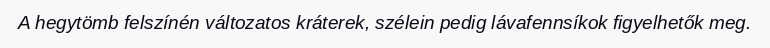
A hegytömb felszínén változatos kráterek, szélein pedig lávafennsíkok figyelhetők meg.